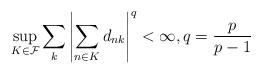
LaTeX: \begin{align*} \sup_{K \in \mathcal{F}} \sum\limits_{k}\left| \sum\limits_{n \in K} d_{nk}\right|^{q} < \infty, q=\frac{p}{p-1} \end{align*}